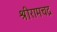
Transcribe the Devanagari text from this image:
श्रीरामचद्र